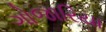
ગોજારિયા